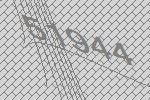
51944